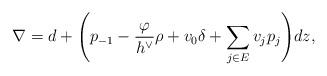
LaTeX: \begin{align*}\nabla = d + \Bigg( p_{-1} - \frac{\varphi}{h^\vee} \rho + v_0 \delta + \sum_{j \in E} v_j p_j \Bigg) dz,\end{align*}